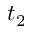
t _ { 2 }